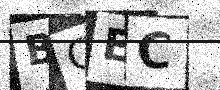
Text: BGEC